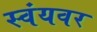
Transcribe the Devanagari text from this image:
स्वंयवर